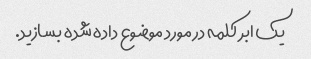
یک ابر کلمه در مورد موضوع داده شده بسازید.